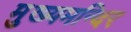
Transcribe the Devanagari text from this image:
मुख्यमन्दिर